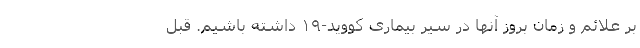
بر علائم و زمان بروز آنها در سیر بیماری کووید-۱۹ داشته باشیم. قبل